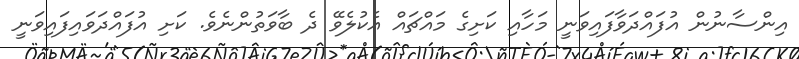
އިންސާނުން އުފައްދަވާފައިވަނީ މަހާއި ކަށިގެ މައްޗައް އެކުލެވޭ ދެ ބާވަތުންނެވެ. ކަށި އުފައްދަވައިފައިވަނީ